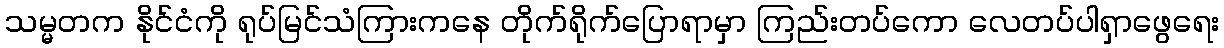
သမ္မတက နိုင်ငံကို ရုပ်မြင်သံကြားကနေ တိုက်ရိုက်ပြောရာမှာ ကြည်းတပ်ကော လေတပ်ပါရှာဖွေရေး